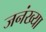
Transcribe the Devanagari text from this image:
जनंख्या